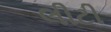
લીટી